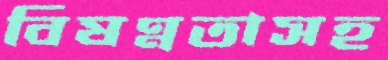
বিষণ্নতাসহ